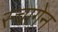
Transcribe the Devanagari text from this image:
स्चागेन